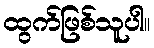
ထွက်ဖြစ်သူပါ။